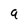
Character: 9